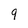
Character: 9